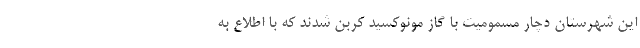
این شهرستان دچار مسمومیت با گاز مونوکسید کربن شدند که با اطلاع به